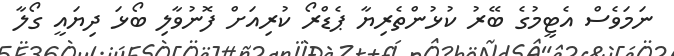
ނަމަވެސް އެޓީމުގެ ބޭރު ކުޅުންތެރިޔާ ޕެޑްރޯ ކުރިއަށް ފޮނުވާލި ބޯޅަ ދިޔައީ ގޯލާ